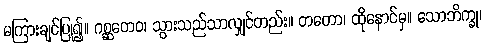
မကြားချင်ပြု၍။ ဂစ္ဆတေဝ၊ သွားသည်သာလျှင်တည်း။ တတော၊ ထိုနောင်မှ။ သောဘိက္ခု၊